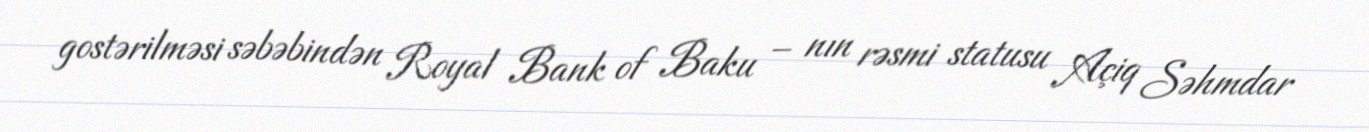
gostərilməsi səbəbindən Royal Bank of Baku – nın rəsmi statusu Açiq Səhmdar